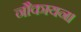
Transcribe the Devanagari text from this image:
नौकायन।